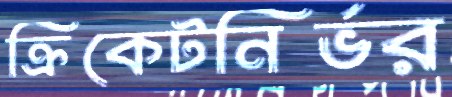
ক্রিকেটনির্ভর